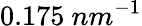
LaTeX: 0.175~nm^{-1}